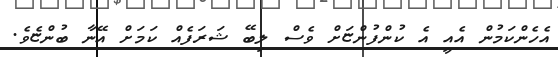
އެހެންކަމުން އެއީ އެ ކުންފުންޏަށް ވެސް ލިބޭ ޝަރަފެއް ކަމަށް އޭނާ ބުންޏެވެ.